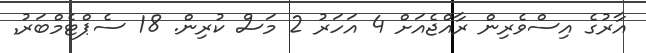
އާރުގެ އިސްވެރިން ރާއްޖެއަށް 4 އަހަރު 2 މަސް ކުރިން. 18 ސެޕްޓެމްބަރު